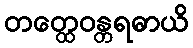
တတ္ထေဝန္တရဓာယိ